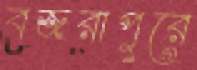
বজরাপুরে